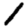
Digit: 1